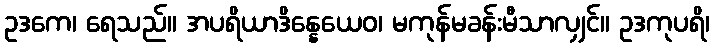
ဥဒကေ၊ ရေသည်။ အပရိယာဒိန္နေယေဝ၊ မကုန်မခန်းမီသာလျှင်။ ဥဒကုပရိ၊